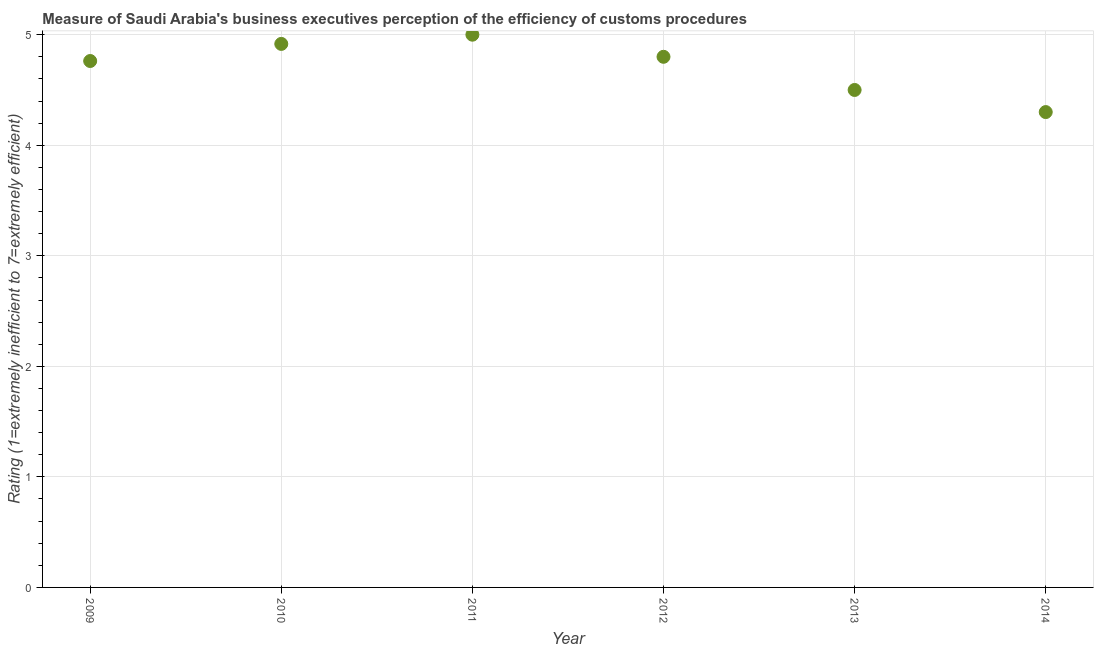
| Year | Burden of customs procedure |
 | --- | --- |
 | 2009 | 4.76 |
 | 2010 | 4.92 |
 | 2011 | 5 |
 | 2012 | 4.8 |
 | 2013 | 4.5 |
 | 2014 | 4.3 |